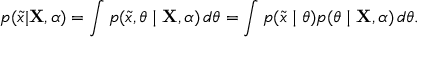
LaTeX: p ( { \tilde { x } } | \mathbf { X } , \alpha ) = \int p ( { \tilde { x } } , \theta \mid \mathbf { X } , \alpha ) \, d \theta = \int p ( { \tilde { x } } \mid \theta ) p ( \theta \mid \mathbf { X } , \alpha ) \, d \theta .